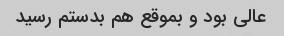
عالی بود و بموقع هم بدستم رسید